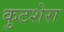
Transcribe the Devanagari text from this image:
कुटशेरा